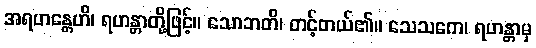
အရဟန္တေဟိ၊ ရဟန္တာတို့ဖြင့်။ သောဘတိ၊ တင့်တယ်၏။ သေသကေ၊ ရဟန္တာမှ